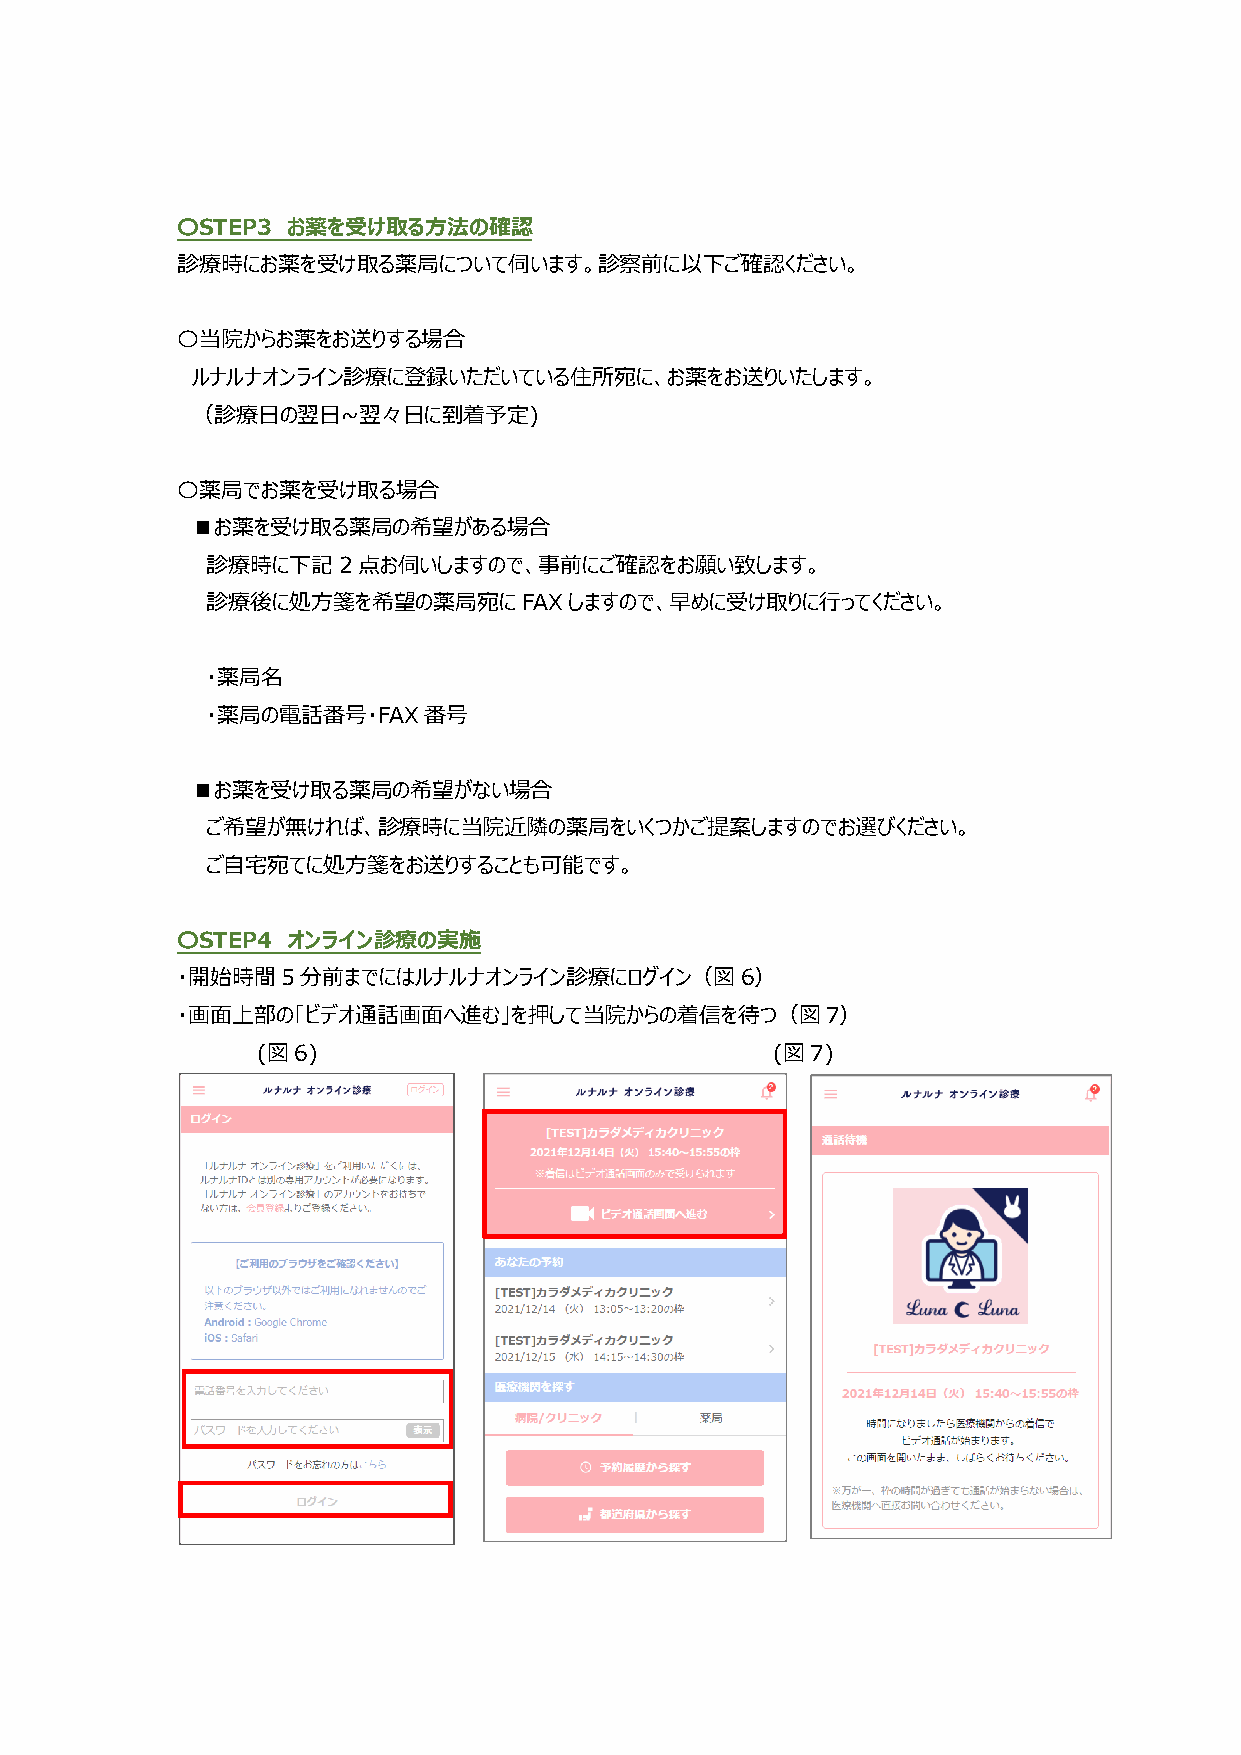
〇STEP3 お薬を受け取る方法の確認
 診療時にお薬を受け取る薬局について伺います。診察前に以下ご確認ください。
 〇当院からお薬をお送りする場合
 ルナルナオンライン診療に登録いただいている住所宛に、お薬をお送りいたします。
 （診療日の翌日~翌々日に到着予定)
 〇薬局でお薬を受け取る場合
 ■お薬を受け取る薬局の希望がある場合
 診療時に下記2点お伺いしますので、事前にご確認をお願い致します。
 診療後に処方箋を希望の薬局宛にFAXしますので、早めに受け取りに行ってください。
 ・薬局名
 ・薬局の電話番号・FAX番号
 ■お薬を受け取る薬局の希望がない場合
 ご希望が無ければ、診療時に当院近隣の薬局をいくつかご提案しますのでお選びください。
 ご自宅宛てに処方箋をお送りすることも可能です。
 〇STEP4 オンライン診療の実施
 ・開始時間5分前までにはルナルナオンライン診療にログイン（図6）
 ・画面上部の「ビデオ通話画面へ進む」を押して当院からの着信を待つ（図7）
 (図6)                              (図7)